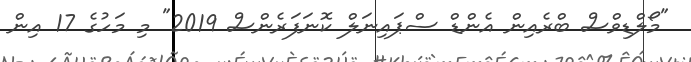
"މޯލްޑިވްސް ބްރެއިން އެންޑް ސްޕައިނަލް ކޮނަފަރެންސް 2019" މި މަހުގެ 17 އިން